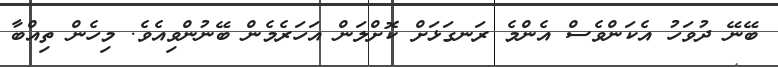
ބޭނޭ ދުވަހު އެކަންވެސް އެންމެ ރަނގަޅަށް ކޮށްލަން އަހަރެމެން ބޭނުންވިއެވެ. މިހެން ތިއްބާ